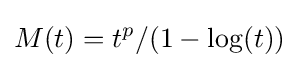
M(t)=t^{p}/(1-\log(t))